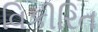
વિકીરિત